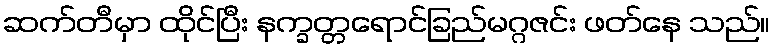
ဆက်တီမှာ ထိုင်ပြီး နက္ခတ္တရောင်ခြည်မဂ္ဂဇင်း ဖတ်နေ သည်။